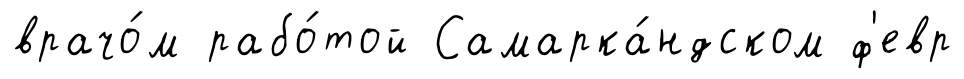
врачо́м рабо́той Самарка́ндском ф'евр